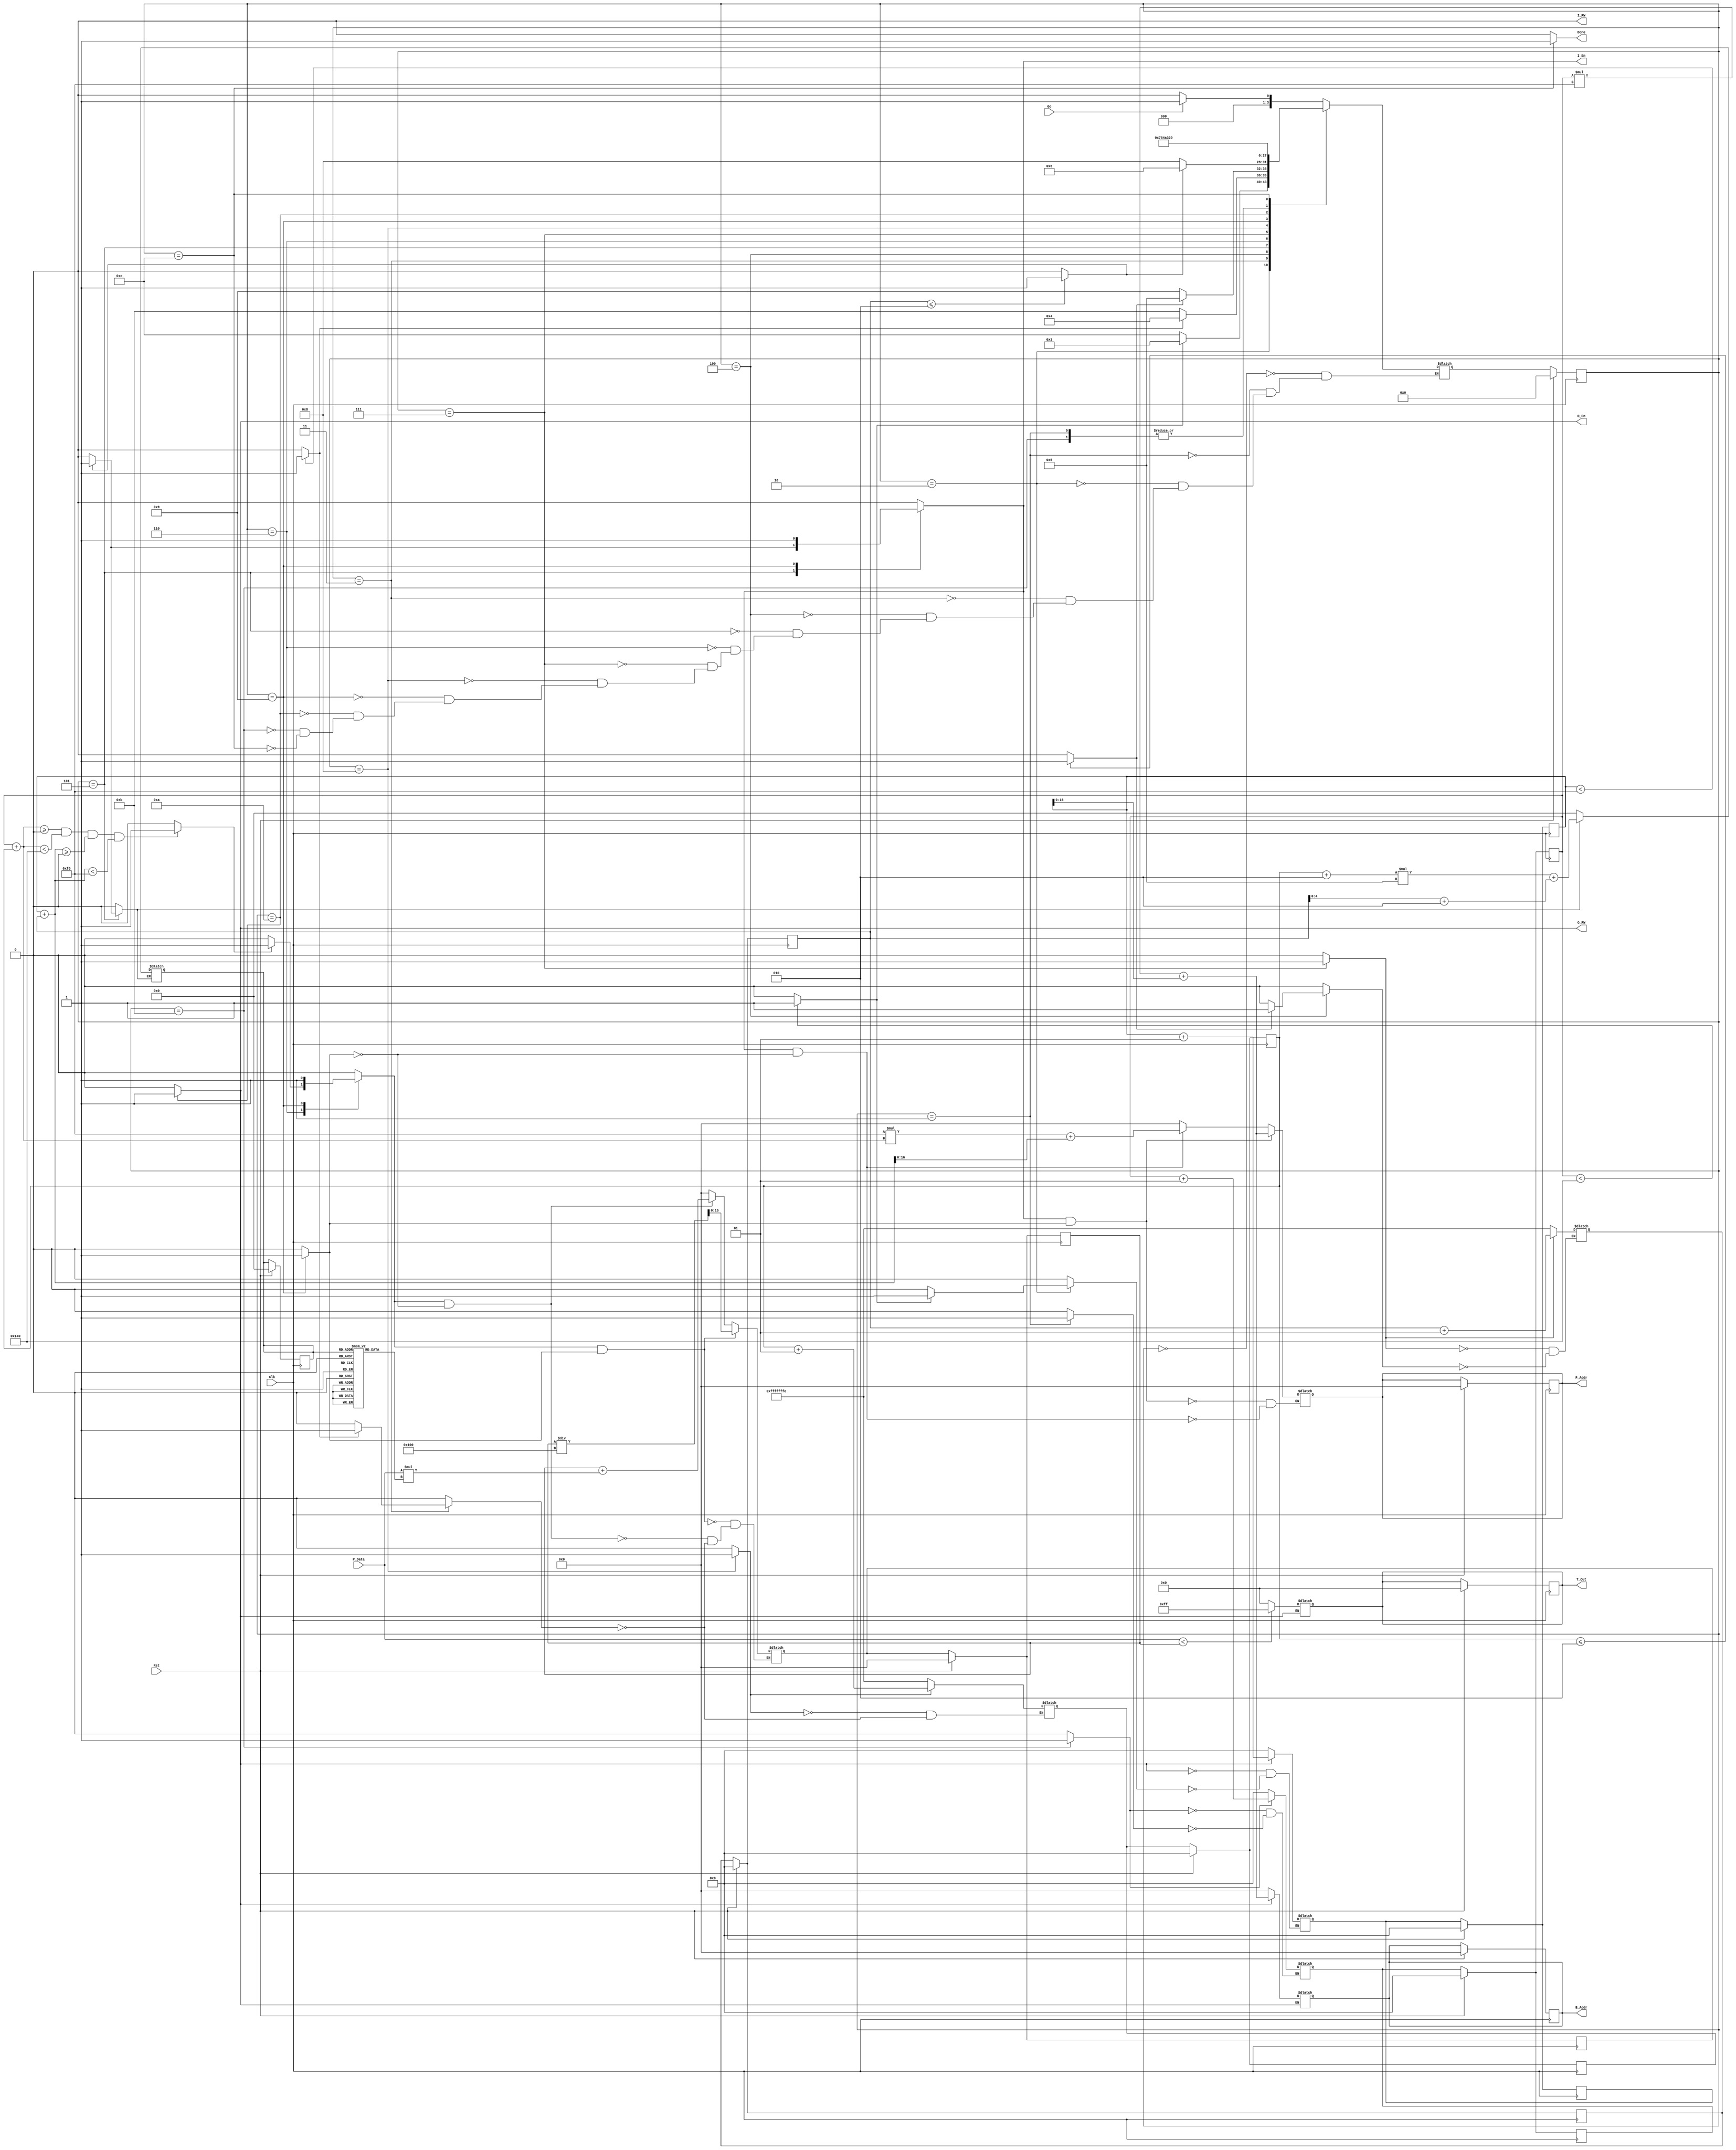
// ***********************************************************************
// TITLE       : Adaptive Thresholding for 4-Procedure
// AFFILIATION : Dept. of CS, Sookmyung Women's University 
// DESCRIPTION : Designing Adaptive Thresholding with Gaussian ALgorithm                   
// ***********************************************************************

`timescale 1 ns/1 ns

`define A_WIDTH 17
`define D_WIDTH 8
`define V_WIDTH 8

`define KSIZE 5
`define SIZE 2
`define ROW 320
`define COL 240
`define SUM 256

module Tresholding_4(Go, P_Addr, P_Data, B_Addr, I_RW, I_En, O_RW, O_En, Done, T_Out, Clk, Rst);

	input Go;
	input [(`D_WIDTH-1):0] P_Data;
	output reg [(`A_WIDTH-1):0] P_Addr, B_Addr;
	output reg [(`V_WIDTH-1):0] T_Out;
	output reg I_RW, I_En, O_RW, O_En, Done;
	input Clk, Rst;

	parameter S0 = 4'b0000, S1 = 4'b0001, S2 = 4'b0010, S3 = 4'b0011, 
		S4 = 4'b0100, S5 = 4'b0101, S6 = 4'b0110, S7 = 4'b0111, 
		S8 = 4'b1000, S9 = 4'b1001, S10 = 4'b1010, S11 = 4'b1011, 
		S12 = 4'b1100;

	reg [3:0] State;
	reg [16:0] Val;
	reg [4:0] G_Addr;
	reg [5:0] MaskGaussian [0:24]; 
	integer X, Y, I, J;

	//Next Regs
	reg [(`A_WIDTH-1):0] P_AddrNext, B_AddrNext;
	reg [4:0] G_AddrNext;
	reg [(`V_WIDTH-1):0] T_OutNext;
	reg [3:0] StateNext;
	reg [16:0] ValNext;
	integer XNext, YNext, INext, JNext;

	reg J_lt_SIZE, J_Inc, J_Clr;
	reg I_lt_SIZE, I_Inc, I_Clr;
	reg Y_lt_ROW, Y_Inc, Y_Clr;
	reg X_lt_COL, X_Inc, X_Clr;
	reg P_Addr_Ld, P_Addr_Clr, P_Addr_Mux;
	reg B_Addr_Ld, B_Addr_Clr;
	reg G_Addr_Ld, G_Addr_Clr;
	reg Val_Ld, Val_Clr, Val_Mux;
	reg T_Out_Ld, T_Out_Clr;
	reg All_lt_ROWCOL;

	initial begin
		MaskGaussian[0] <= 1;MaskGaussian[1] <= 4;MaskGaussian[2] <= 7;MaskGaussian[3] <= 4;MaskGaussian[4] <= 1;
		MaskGaussian[5] <= 4;MaskGaussian[6] <= 16;MaskGaussian[7] <= 26;MaskGaussian[8] <= 16;MaskGaussian[9] <= 4;
		MaskGaussian[10] <= 7;MaskGaussian[11] <= 26;MaskGaussian[12] <= 41;MaskGaussian[13] <= 26;MaskGaussian[14] <= 7;
		MaskGaussian[15] <= 4;MaskGaussian[16] <= 16;MaskGaussian[17] <= 26;MaskGaussian[18] <= 16;MaskGaussian[19] <= 4;
		MaskGaussian[20] <= 1;MaskGaussian[21] <= 4;MaskGaussian[22] <= 7;MaskGaussian[23] <= 4;MaskGaussian[24] <= 1;	
	end

	//Ctrl Regs
	always @(posedge Clk) begin
		if(Rst == 1'b1)
			State <= S0;
		else
			State <= StateNext;
	end
	
	//Ctrl CombLogic
	always @(State, Go, Y_lt_ROW, X_lt_COL, I_lt_SIZE, J_lt_SIZE, All_lt_ROWCOL) begin
		I_RW <= 1'b0; I_En <= 1'b0;
		O_RW <= 1'b0; O_En <= 1'b0;
		Done <= 1'b0;
		J_Inc <= 1'b0; J_Clr <= 1'b0;
		I_Inc <= 1'b0; I_Clr <= 1'b0;
		Y_Inc <= 1'b0; Y_Clr <= 1'b0;
		X_Inc <= 1'b0; X_Clr <= 1'b0;
		P_Addr_Ld <= 1'b0; P_Addr_Clr <= 1'b0; P_Addr_Mux <= 1'b0;
		B_Addr_Ld <= 1'b0; B_Addr_Clr <= 1'b0;
		G_Addr_Ld <= 1'b0; G_Addr_Clr <= 1'b0;
		Val_Ld <= 1'b0; Val_Clr <= 1'b0; Val_Mux <= 1'b0;
		T_Out_Ld <= 1'b0; T_Out_Clr <= 1'b0;
		
		case(State)
			S0: begin
				if (Go == 1'b1)
					StateNext <= S1;
				else
					StateNext <= S0;
			end
			S1: begin
				Y_Clr <= 1;
				StateNext <= S2;
			end
			S2: begin
				if (Y_lt_ROW) begin
					X_Clr <= 1;
					StateNext <= S3;
				end
				else
					StateNext <= S12;
			end
			S3: begin
				if (X_lt_COL) begin
					Val_Clr <= 1;
					I_Clr <= 1;
					StateNext <= S4;
				end
				else
					StateNext <= S11;
			end
			S4: begin
				if (I_lt_SIZE) begin
					J_Clr <= 1;
					StateNext <= S5;
				end
				else
					StateNext <= S9;
			end
			S5: begin
				if (J_lt_SIZE) begin
					P_Addr_Ld <= 1; P_Addr_Mux <= 0;
					I_RW <= 0;
					I_En <= 1;
					G_Addr_Ld <= 1;
					StateNext <= S6;
				end
				else
					StateNext <= S8;
			end
			S6: begin
				if (All_lt_ROWCOL) begin
					Val_Ld <= 1; Val_Mux <= 0;
				end
				StateNext <= S7;
			end
			S7: begin
				J_Inc <= 1;
				StateNext <= S5;
			end
			S8: begin
				I_Inc <= 1;
				StateNext <= S4;
			end
			S9: begin
				Val_Ld <= 1; Val_Mux <= 1;
				P_Addr_Ld <= 1; P_Addr_Mux <= 1;
				I_RW <= 0;
				I_En <= 1;
				StateNext <= S10;
			end
			S10: begin
				T_Out_Ld <= 1;
				B_Addr_Ld <= 1;
				O_RW <= 1;
				O_En <= 1;
				X_Inc <= 1;
				StateNext <= S3;
			end
			S11: begin
				Y_Inc <= 1; 
				StateNext <= S2;
			end
			S12: begin
				Done <= 1;
				StateNext <= S0;
			end
		endcase
	end

	//DP Regs
	always @(posedge Clk) begin
		if(Rst == 1'b1) begin
			P_Addr <= {`A_WIDTH{1'b0}};
			B_Addr <= {`A_WIDTH{1'b0}};
			G_Addr <= {5{1'b0}};
			Val <= 0;
			T_Out <= 17'b0;
			X <= 0;
			Y <= 0;
			I <= 0;
			J <= 0;
	
			ValNext <= 0;
			XNext <= 0;
			YNext <= 0;
			INext <= 0;
			JNext <= 0;
		end
		else begin
			Val <= ValNext;
			X <= XNext;
			Y <= YNext;
			I <= INext;
			J <= JNext;
		end
	end
	
	//DP CombLogic
	always @(X_Clr, Y_Clr,I_Clr,J_Clr,Val_Clr,
		P_Addr_Clr,B_Addr_Clr,G_Addr_Clr,T_Out_Clr,
		X_Inc,Y_Inc,I_Inc,J_Inc,
		P_Addr_Ld, P_Addr_Mux,G_Addr_Ld,B_Addr_Ld,Val_Ld,Val_Mux,T_Out_Ld) begin
	
		//Clr
		if(X_Clr)
			XNext <= 0;
		if(Y_Clr)
			YNext <= 0;
		if(I_Clr)
			INext <= -`SIZE;
		if(J_Clr)
			JNext <= -`SIZE;
		if(Val_Clr)
			ValNext <= 0;
		if(P_Addr_Clr)
			P_Addr <= 0;
		if(B_Addr_Clr)
			B_Addr <= 0;
		if(G_Addr_Clr)
			G_Addr <= 0;
		if(T_Out_Clr)
			T_OutNext <= 0;

		//Inc
		if(X_Inc)
			XNext <= X + 1;
		if(Y_Inc)
			YNext <= Y + 1;
		if(I_Inc)
			INext <= I + 1;
		if(J_Inc)
			JNext <= J + 1;
		
		//Ld
		if(P_Addr_Ld && ~P_Addr_Mux)
			P_Addr <= `COL*(Y+I)+(X+J);
		if(P_Addr_Ld && P_Addr_Mux)
			P_Addr <= Y*`COL + X;
		if(G_Addr_Ld)
			G_Addr <= (I+`SIZE)*`KSIZE + (J+`SIZE);
		if(B_Addr_Ld)
			B_Addr <= Y*`COL + X;
		if(Val_Ld && ~Val_Mux)
			ValNext <= Val + P_Data*MaskGaussian[G_Addr];
		if(Val_Ld && Val_Mux)
			ValNext <= Val/`SUM;
		if(T_Out_Ld)
			T_Out <= (P_Data < Val)? 255 : 0;
		//lt
		Y_lt_ROW <= (Y < `ROW)? 1:0;
		X_lt_COL <= (X < `COL)? 1:0;
		I_lt_SIZE <= (I <= `SIZE)? 1:0;
		J_lt_SIZE <= (J <= `SIZE)? 1:0;
		All_lt_ROWCOL <= (Y+I >= 0 && Y+I < `ROW && X+J >= 0 && X+J < `COL)? 1:0;
	end
endmodule